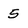
Character: 5